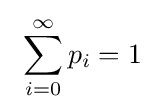
~\sum _{i=0}^{\infty }p_{i}=1